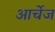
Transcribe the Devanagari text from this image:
आर्चेज